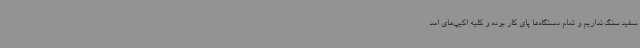
سفید سنگ نداریم و تمام دستگاه‌ها پای کار بوده و کلیه اکیپ‌های امد